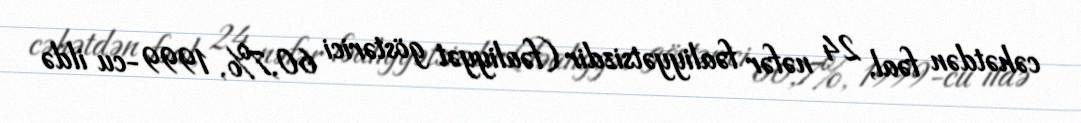
cəhətdən fəal, 24 nəfər fəaliyyətsizdir (fəaliyyət göstərici 60,7%, 1999-cu ildə